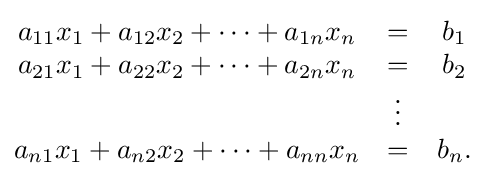
{\begin{matrix}a_{11}x_{1}+a_{12}x_{2}+\cdots +a_{1n}x_{n}&=&b_{1}\\a_{21}x_{1}+a_{22}x_{2}+\cdots +a_{2n}x_{n}&=&b_{2}\\&\vdots &\\a_{n1}x_{1}+a_{n2}x_{2}+\cdots +a_{nn}x_{n}&=&b_{n}.\end{matrix}}